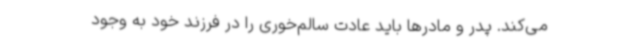
می‌کند. پدر و مادرها باید عادت سالم‌خوری را در فرزند خود به وجود